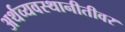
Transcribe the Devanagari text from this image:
अर्थव्यवस्थानीतीवर